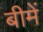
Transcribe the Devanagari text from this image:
बीमें